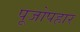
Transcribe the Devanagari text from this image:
पूजोपहार